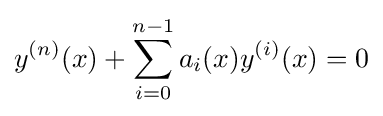
y^{(n)}(x)+\sum _{i=0}^{n-1}a_{i}(x)y^{(i)}(x)=0